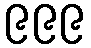
၉၉၉